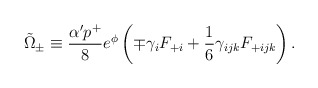
\begin{align*}\tilde{\Omega}_{\pm}\equiv {\alpha' p^{+}\over 8}e^{\phi}\left( \mp\gamma_{i}F_{+i}+{1\over 6}\gamma_{ijk}F_{+ijk}\right).\end{align*}